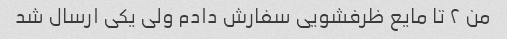
من ۲ تا مایع ظرفشویی سفارش دادم ولی یکی ارسال شد